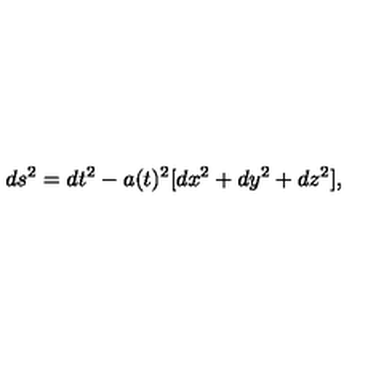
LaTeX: d s ^ { 2 } = d t ^ { 2 } - a ( t ) ^ { 2 } [ d x ^ { 2 } + d y ^ { 2 } + d z ^ { 2 } ] ,